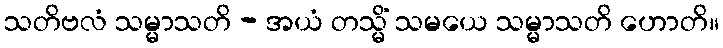
သတိဗလံ သမ္မာသတိ - အယံ တသ္မိံ သမယေ သမ္မာသတိ ဟောတိ။